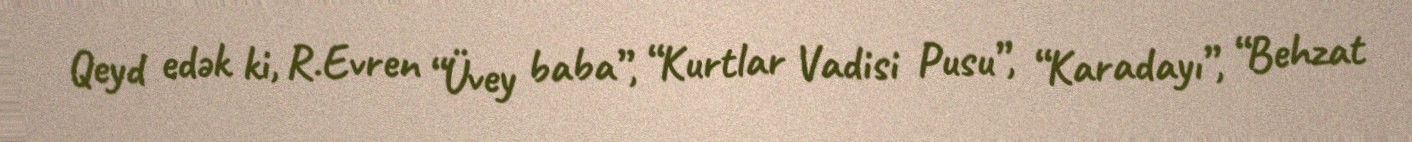
Qeyd edək ki, R.Evren “Üvey baba”, “Kurtlar Vadisi Pusu”, “Karadayı”, “Behzat